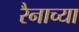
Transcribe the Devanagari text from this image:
रैनाच्या